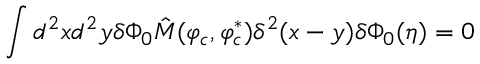
\int d ^ { 2 } x d ^ { 2 } y \delta \Phi _ { 0 } \hat { M } ( \varphi _ { c } , \varphi _ { c } ^ { \ast } ) \delta ^ { 2 } ( x - y ) \delta \Phi _ { 0 } ( \eta ) = 0